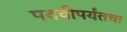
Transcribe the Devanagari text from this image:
पदवीपर्यंतचा